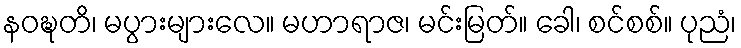
နဝဍ္ဎတိ၊ မပွားများလေ။ မဟာရာဇ၊ မင်းမြတ်။ ခေါ၊ စင်စစ်။ ပုညံ၊